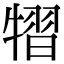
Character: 𤛊